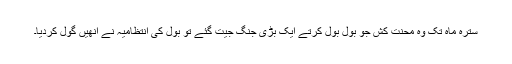
سترہ ماہ تک وہ محنت کش جو بول بول کرتے ایک بڑی جنگ جیت گئے تو بول کی انتظامیہ نے انھیں گول کردیا۔